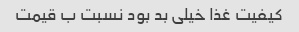
کیفیت غذا خیلی بد بود نسبت ب قیمت